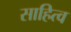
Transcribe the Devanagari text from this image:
साहित्व